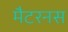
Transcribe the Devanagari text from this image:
मैटरनस